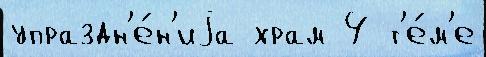
упраздн'е́н'иjа храм 4 т'е́м'е